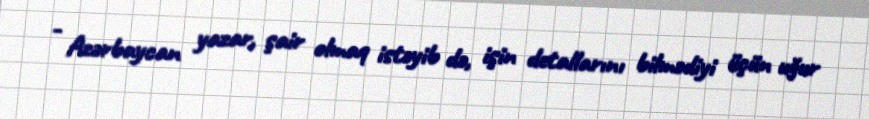
- Azərbaycan yazar, şair olmaq istəyib də, işin detallarını bilmədiyi üçün uğur